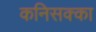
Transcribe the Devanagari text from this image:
कनिसक्का